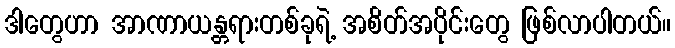
ဒါတွေဟာ အာဏာယန္တရားတစ်ခုရဲ့ အစိတ်အပိုင်းတွေ ဖြစ်လာပါတယ်။